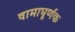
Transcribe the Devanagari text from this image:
वामाघूर्णक